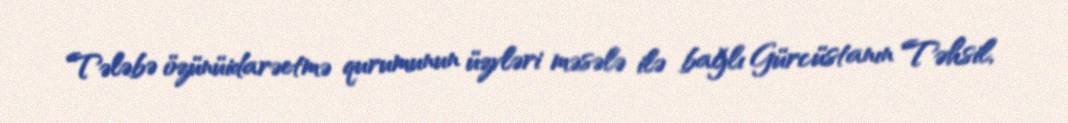
Tələbə özünüidarəetmə qurumunun üzvləri məsələ ilə bağlı Gürcüstanın Təhsil,